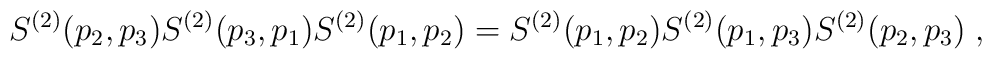
S^{(2)}(p_{2},p_{3})S^{(2)}(p_{3},p_{1})S^{(2)}(p_{1},p_{2})=S^{(2)}(p_{1},p_{2})S^{(2)}(p_{1},p_{3})S^{(2)}(p_{2},p_{3})\;,